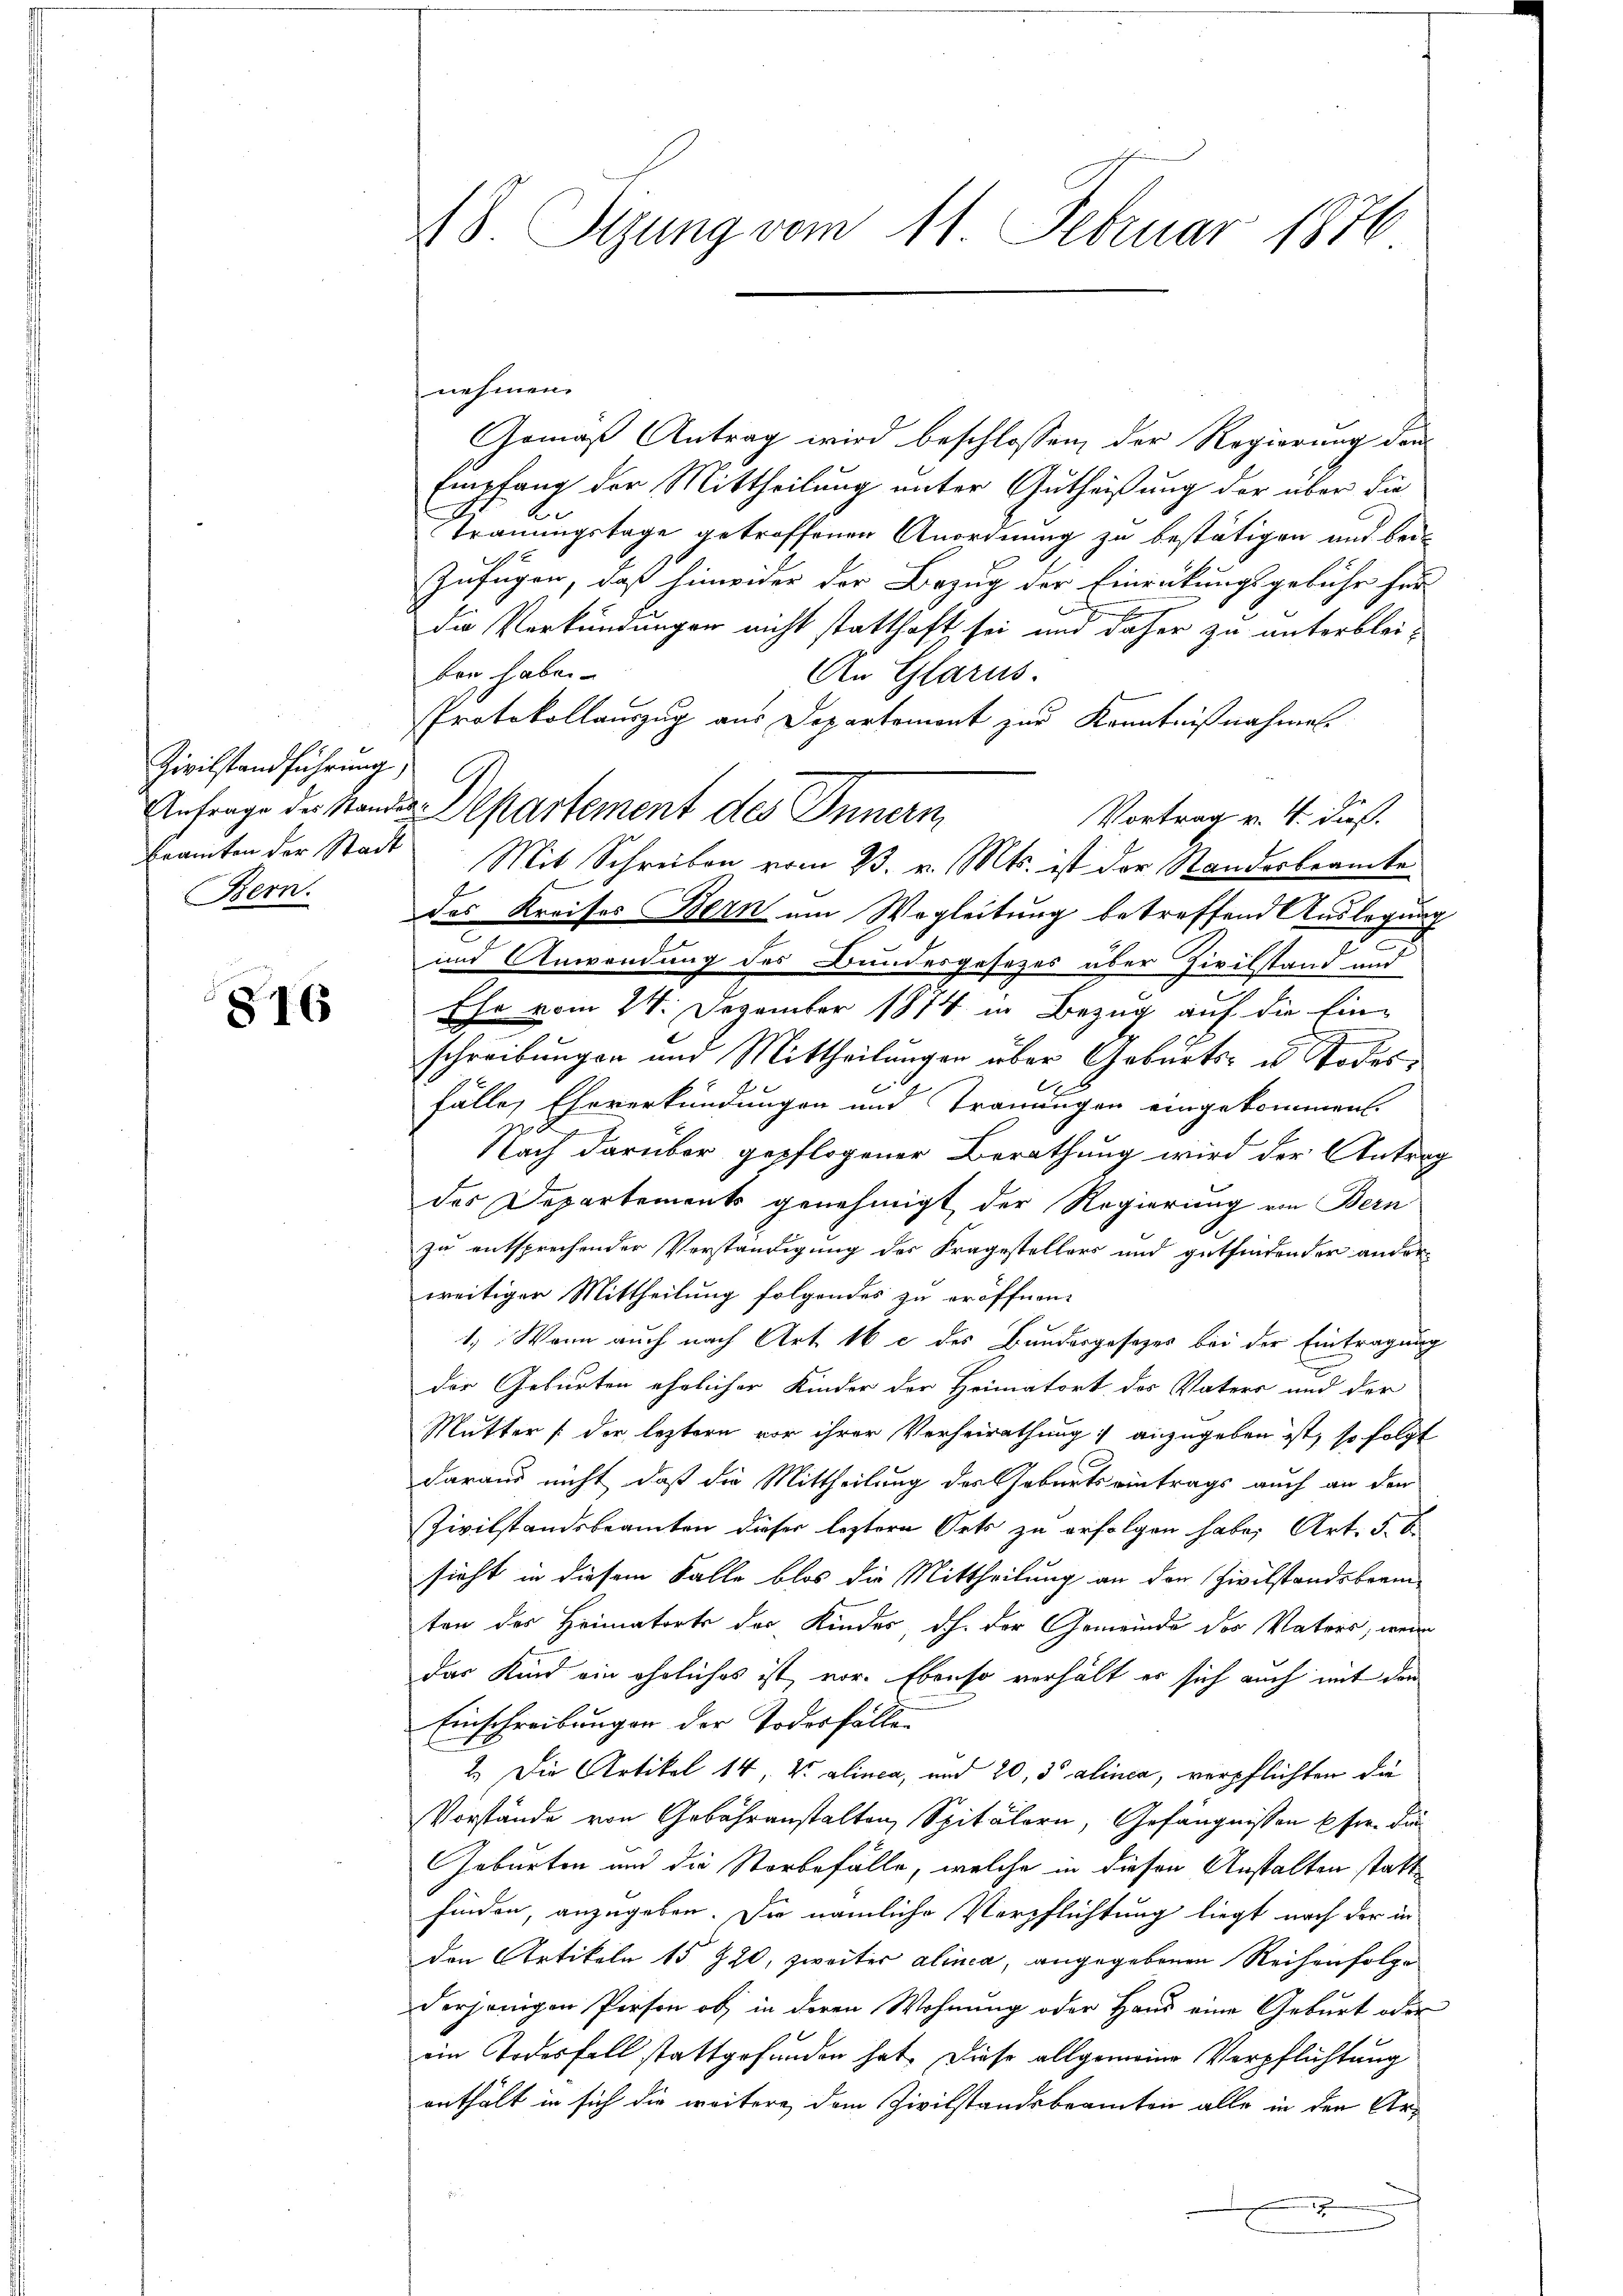
Zivilstand führung,
Bern.

86

nehmen.
Gemäß Antrag wird beschlossen, der Regierung den
Empfang der Mittheilung unter Gutheißung der über die
Trauungstage getroffenen Anordnung zu bestätigen und bei
Zufügen, daß hinwider der Bezug der Einrückungsgebühr fer

die Verkündungen nicht statthaft sei und daher zu unterbleiben haben.
An Glarus.
Protokollauszug aus Departemont zur Kenntnißnahmen.
Anfrage der Stande Departement des Innern
Vortrag v. 4. dieß.
beamten der Stadt. Mit Schreiben vom 23. v. Mts. ist der Standesbeamte
des Kreises Bern um Wegleitung betreffend Auslegung
c
und Anwendung des Bundesgesezes über Zivilstand und
Ehr vom 24. Dezember 1874 in Bezug auf die Einschreibungen und Mittheilungen über Geburts- u Todes¬
.
fälle, Ehererkündungen und Trauungen eingekommen.
d
Nach darüber gepflogener Berathung wird der Antrag
des Departements genehmigt der Regierung von Bern
zu entsprechender Verständigung des Fragestellers und gutfindender anderweitiger Mittheilung folgendes zu eröffnen.
1) Wenn auch nach Art. 16 c des Bundesgesezes bei der Eintragung
der Geburten ehrlicher Kinder der Heimatort des Vaters und der
Mutter (der leztern vor ihrer Verheirathung anzugeben ist, so folgt
daraus nicht, daß die Mittheilung des Geburtseintrags auch an den
Zivilstandsbeamten dieser leztere Orts zu erfolgen habe, Art. 5. b
sieht in diesem Falle blos die Mittheilung an der Zivilstandsbrenn-
ten des Heimatorts der Kindes, dh. der Gemeinde des Vaters, wenn
das Kind ein ähnliches ist, vor. Ebenso verhält er sich auch mit den
Einschreibungen der Todesfällen
2.) Die Artikel 14, V. alinca, und 20, 3 alinea, verpflichten die
Vorstände von Gebähranstalten, Spitälern, Gefängnissen Eser. die
Geburten und die Storbefälle, welche in diesen Anstalten statt
finden, anzugeben. Die nämliche Verpflichtung liegt nach der in
den Artikeln 15 920, zweiter alinea, angegebenen Reihenfolge
derjenigen Person ob, in deren Wohnung oder Hand eine Geburt oder
eim Todesfall stattgefunden hat. Diese allgemeine Verpflichtung
enthält in sich die weitere dem Zivilstandsbeamten alle in der Ar¬

48. Sizung vom 11. Februar 1876